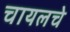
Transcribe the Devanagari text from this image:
चायलचे